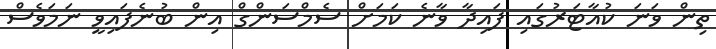
ތިން ވަނަ ކުއާޓަރުގައި ފައިދާ ވާނެ ކަމަށް ސެމްސަންގް އިން ބުނެފައިވީ ނަމަވެސް